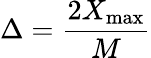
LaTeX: \Delta={\frac{2X_{\operatorname*{max}}}{M}}